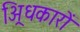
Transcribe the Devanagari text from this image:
अ्रिधकारों